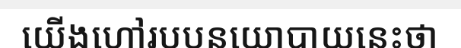
យើងហៅរបបនយោបាយនេះថា